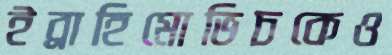
ইব্রাহিমোভিচকেও